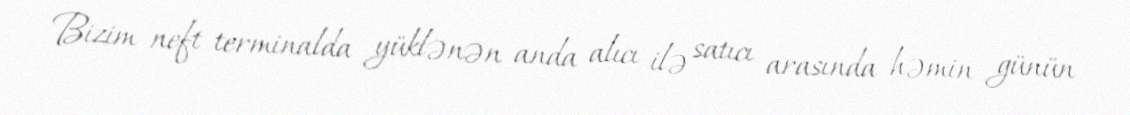
Bizim neft terminalda yüklənən anda alıcı ilə satıcı arasında həmin günün